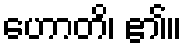
ဟောတိ၊ ၏။